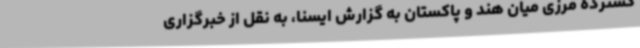
گسترده مرزی میان هند و پاکستان به گزارش ایسنا، به نقل از خبرگزاری